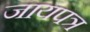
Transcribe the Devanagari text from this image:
जायपत्र